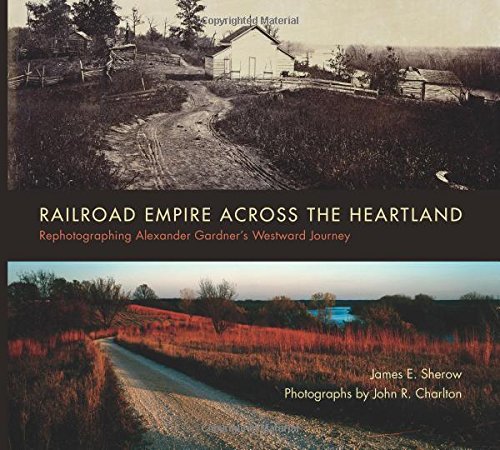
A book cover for Railroad Empire across the Heartland: Rephotographing Alexander Gardner's Westward Journey; James E. Sherow; Engineering & Transportation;